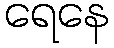
ရေနေ